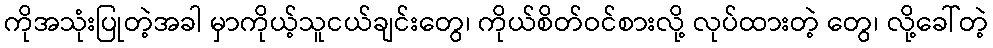
ကိုအသုံးပြုတဲ့အခါ မှာကိုယ့်သူငယ်ချင်းတွေ၊ ကိုယ်စိတ်ဝင်စားလို့ လုပ်ထားတဲ့ တွေ၊ လို့ခေါ်တဲ့